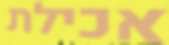
אכילת